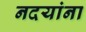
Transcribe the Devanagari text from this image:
नदयांना